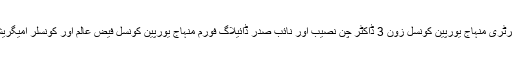
کانفرنس میں منہاج یورپین کونسل زون 3 کے صدر محمد اقبال وڑائچ، جنرل سیکرٹری منہاج یورپین کونسل زون 3 ڈاکٹر چن نصیب اور نائب صدر ڈائیلاگ فورم منہاج یورپین کونسل فیض عالم اور کونسلر امیگریشن سفارت خانہ پاکستان صفی اللہ جوکھیو نے کانفرنس میں خصوصی شرکت کی۔